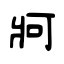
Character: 牁